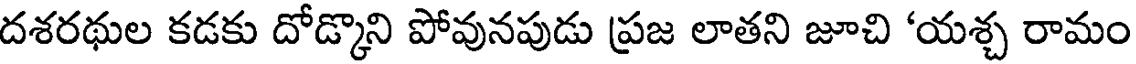
దశరథుల కడకు దోడ్కొని పోవునపుడు ప్రజ లాతని జూచి 'యశ్చ రామం